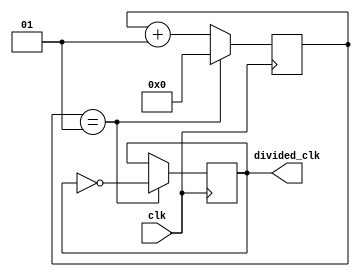
`timescale 1ns / 1ps
// it is a counter
module clock_divider(
input wire clk,
output reg divided_clk = 0
);
localparam div_value = 1;

integer counter_value =0;

always@ (posedge clk)
begin 
    if( counter_value == div_value)
    counter_value <= 0;
    else
    counter_value <= counter_value+1;
end

always@ (posedge clk)
begin
    if(counter_value == div_value)
    divided_clk <= ~divided_clk;
    else
    divided_clk <= divided_clk;
end

endmodule